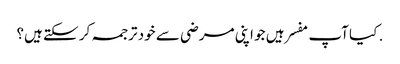
. کیا آپ مفسر ہیں جو اپنی مرضی سے خود ترجمہ کر سکتے ہیں؟